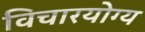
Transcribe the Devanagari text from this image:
विचारयोग्य